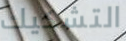
التشكيك